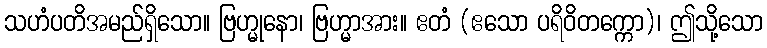
သဟံပတိအမည်ရှိသော။ ဗြဟ္မုနော၊ ဗြဟ္မာအား။ ဧတံ (ဧသော ပရိဝိတက္ကော)၊ ဤသို့သော